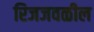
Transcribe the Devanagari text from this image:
रिजजवळील